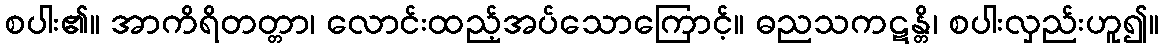
စပါး၏။ အာကိရိတတ္တာ၊ လောင်းထည့်အပ်သောကြောင့်။ ဓညသကဋန္တိ၊ စပါးလှည်းဟူ၍။